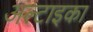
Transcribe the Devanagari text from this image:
अल्टाइका